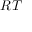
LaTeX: { \boldsymbol { R } } { \boldsymbol { T } }